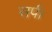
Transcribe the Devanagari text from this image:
सर्प।